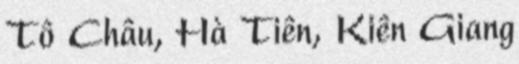
Tô Châu, Hà Tiên, Kiên Giang